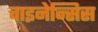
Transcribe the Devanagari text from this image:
चाइनेन्सिस